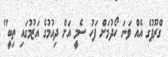
ގްރޫޕުގެ އެއް ވަނަ ހޯދުމަށް ފަހު ސެމީ އަށް ދިއުމުގެ އަޒުމުގައި ތިބީ"